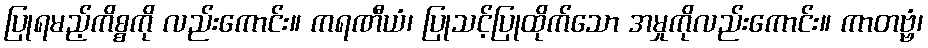
ပြုရမည့်ကိစ္စကို လည်းကောင်း။ ကရဏီယံ၊ ပြုသင့်ပြုထိုက်သော အမှုကိုလည်းကောင်း။ ကာတဗ္ဗံ၊